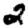
Digit: 2